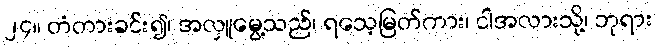
၂၄။ တံတားခင်း၍၊ အလှူမွေ့သည်၊ ရသေ့မြတ်ကား၊ ငါအလားသို့၊ ဘုရား